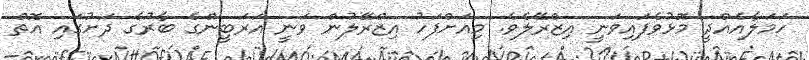
ހަމަލާއެއްދީ މޮޅުވެފައިވަނީ އިޒްރޭލެވެ. މިއަށްފަހު އިޒްރޭލުން ވަނީ އަރަބީންގެ ބާރުގެ ދަށުގައި އޮތް